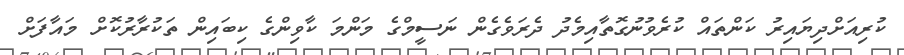
ކުރިއަށްދިޔައިރު ކަންތައް ކުރެވުނުގޮތާއިމެދު ދެރަވެގެން ނަސީމްގެ މަންމަ ކާވިންގެ ކިބައިން ތަކުރާރުކޮށް މައާފަށް